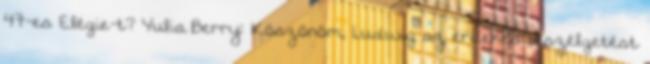
47-es Elégie-t? Yulia Berry: Köszönöm, Ludwig az érdekes beszélgetést